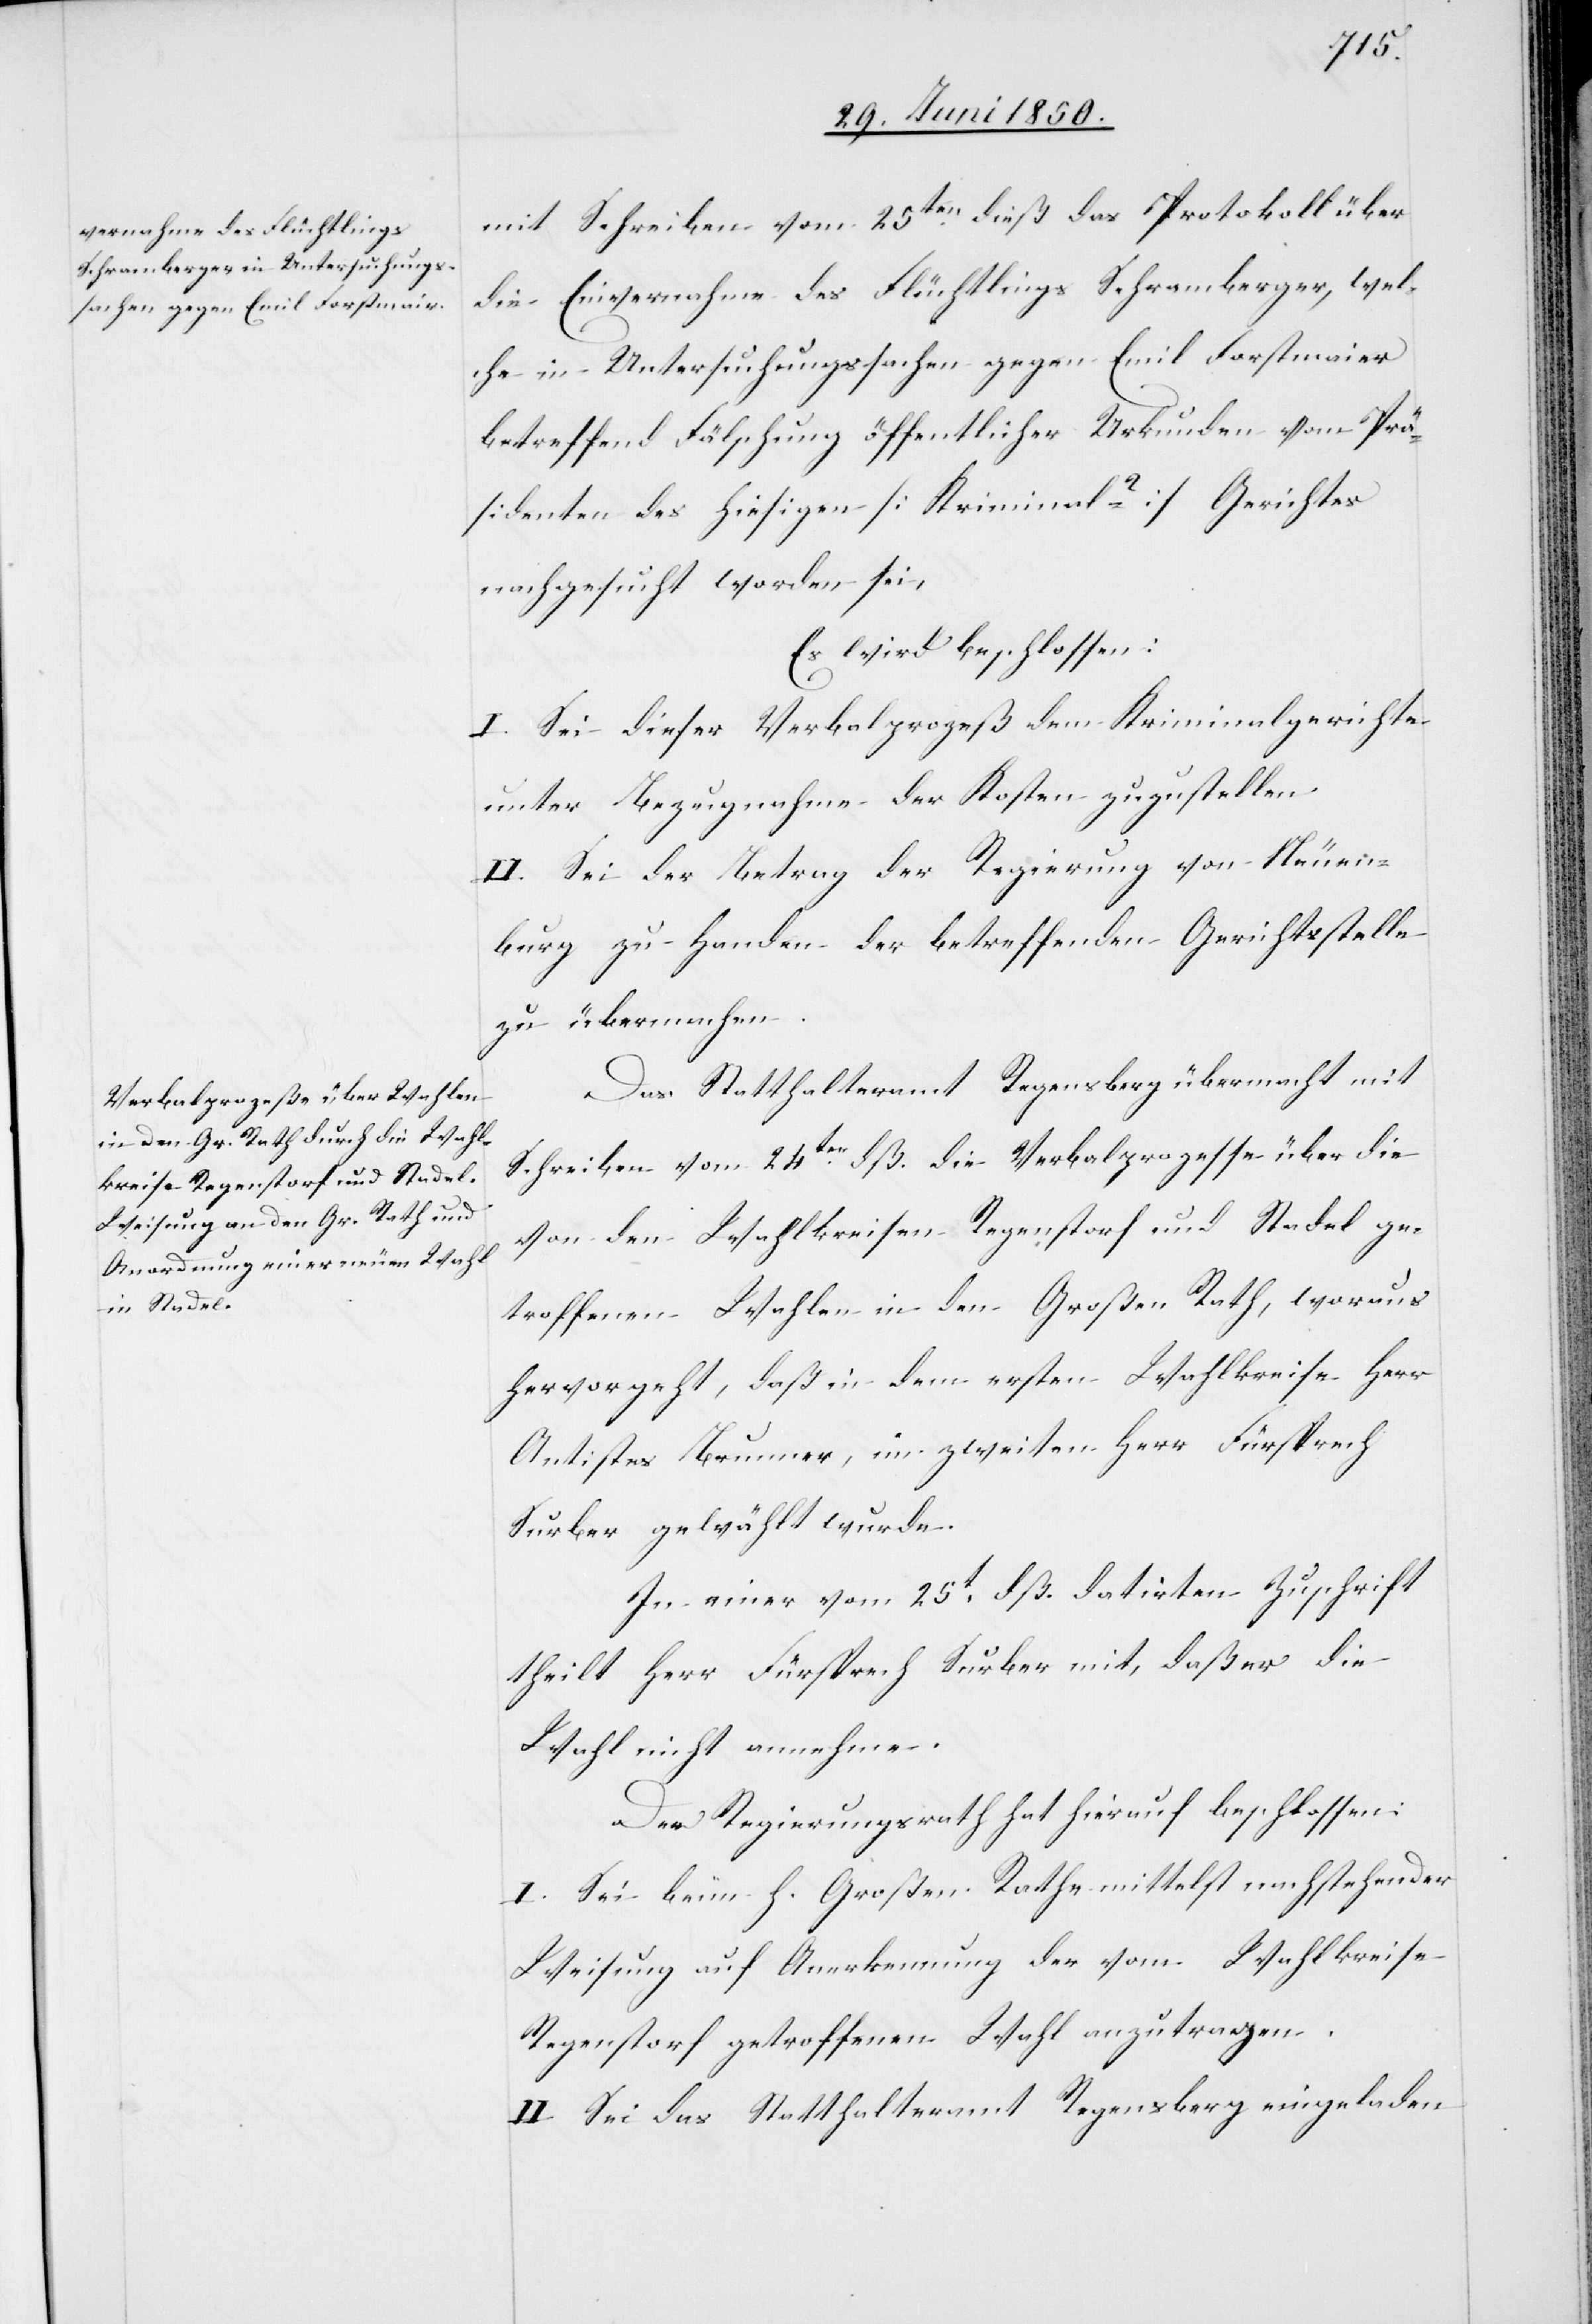
mit Schreiben vom 25ten dieß das Protokoll über
die Einvernahme des Flüchtlings Schramberger, wel¬
che in Untersuchungssachen gegen Emil Forstmaier
betreffend Fälschung öffentlicher Urkunden vom Prä¬
sidenten des hiesigen [Kriminal-?] Gerichtes
nachgesucht worden sei,
Es wird beschlossen:
I. Sei dieser Verbalprozeß dem Kriminalgerichte
unter Bezugnahme der Kosten zuzustellen.
II. Sei der Betrag der Regierung von Neuen¬
burg zu Handen der betreffenden Gerichtsstelle
zu übermachen.
Das Statthalteramt Regensberg übermacht mit
Schreiben vom 24ten dß. die Verbalprozesse über die
von den Wahlkreisen Regenstorf und Stadel ge¬
troffenen Wahlen in den Großen Rath, woraus
hervorgeht, daß in dem ersten Wahlkreise Herr
Antistes Brunner, im zweiten Herr Fürsprech
Surber gewählt wurde.
In einer vom 25t dß. datirten Zuschrift
theilt Herr Fürsprech Surber mit, daß er die
Wahl nicht annehme.
Der Regierungsrath hat hierauf beschlossen:
I. Sei beim h. Großen Rathe mittelst nachstehender
Weisung auf Anerkennung der vom Wahlkreise
Regenstorf getroffenen Wahl anzutragen.
II. Sei das Statthalteramt Regensberg eingeladen